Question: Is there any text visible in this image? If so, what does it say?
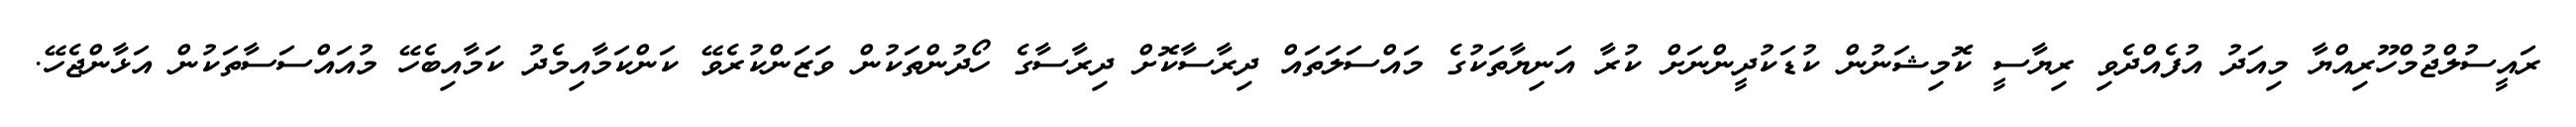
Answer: ރައީސުލްޖުމްހޫރިއްޔާ މިއަދު އުފެއްދެވި ރިޔާސީ ކޮމިޝަނުން ކުޑަކުދީންނަށް ކުރާ އަނިޔާތަކުގެ މައްސަލަތައް ދިރާސާކޮށް ދިރާސާގެ ހޯދުންތަކުން ވަޒަންކުރެވޭ ކަންކަމާއިމެދު ކަމާއިބެހޭ މުއައްސަސާތަކުން އަޅާންޖެހޭ.